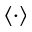
\langle \cdot \rangle